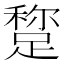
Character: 𨃾